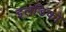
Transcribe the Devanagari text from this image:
इलडिको